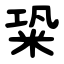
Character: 䊄